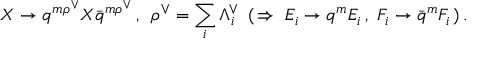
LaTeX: X \to q ^ { m { \rho } ^ { \vee } } X { \bar { q } } ^ { m { \rho } ^ { \vee } } \, , \, \, \, { \rho } ^ { \vee } = \sum _ { i } { \Lambda } _ { i } ^ { \vee } \, \, \, ( \, \Rightarrow \, \, E _ { i } \to q ^ { m } E _ { i } \, , \, \, F _ { i } \to { \bar { q } } ^ { m } F _ { i } \, ) \, .